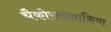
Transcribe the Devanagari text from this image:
चैकोस्लोवाकिया